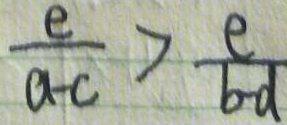
\frac { e } { a - c } > \frac { e } { b - d }